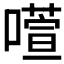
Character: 𫫻